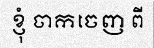
ខ្ញុំ ចាកចេញ ពី